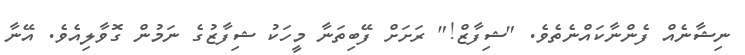
ނިޝާނެއް ފެންނާކައްނެތެވެ. "ޝިފާޒް!" ރަށަށް ފޭބިތަނާ މީހަކު ޝިފާޒުގެ ނަމުން ގޮވާލިއެވެ. އޭނާ